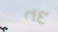
તદ